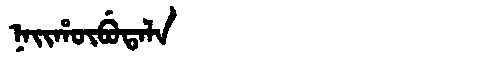
Manchu: ᠨᠠᡳᡥᡡᠪᡠᡨᠠᠯᠠ
Romanization: NAIHŪBUTALA